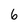
Character: 6